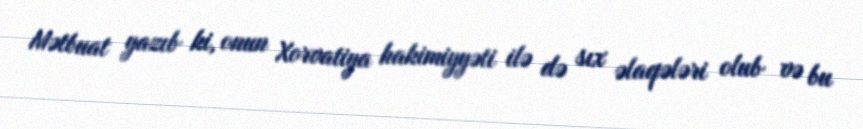
Mətbuat yazıb ki, onun Xorvatiya hakimiyyəti ilə də sıx əlaqələri olub və bu